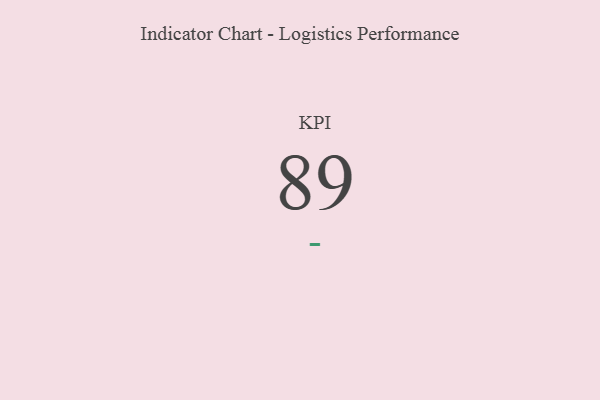
{"axis": {"x": "KPI", "y": "Value"}, "legend": [""], "data": [{"x": "KPI", "y": 89, "type": ""}]}